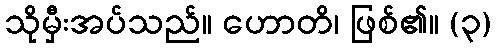
သိုမှီးအပ်သည်။ ဟောတိ၊ ဖြစ်၏။ (၃)